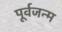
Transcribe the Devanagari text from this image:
पूर्वजन्‍म